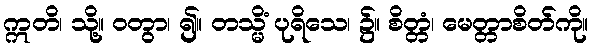
ဣတိ၊ သို့။ ဝတွာ၊ ၍။ တသ္မိံ ပုရိသေ၊ ၌။ စိတ္တံ၊ မေတ္တာစိတ်ကို။